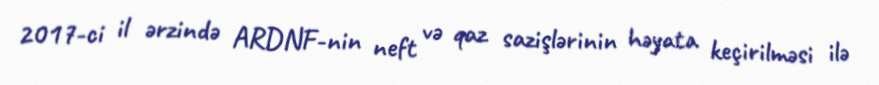
2017-ci il ərzində ARDNF-nin neft və qaz sazişlərinin həyata keçirilməsi ilə